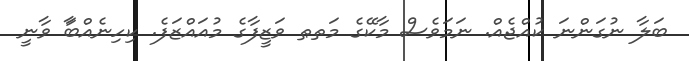
ބަލާ ނުގަންނަ ކުއްޖެއް. ނަމަވެސް މާކޭގެ މަތޠ ވަޒީފާގެ މުއައްޒަފެ. ކިހިނެއްބަާ ވާނީ